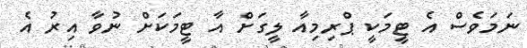
ނަމަވެސް އެ ޓީމަކީ ޕްރިމިއާ ލީގަށް އާ ޓީމަކަށް ނުވާ އިރު އެ